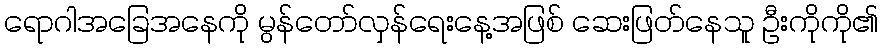
ရောဂါအခြေအနေကို မွန်တော်လှန်ရေးနေ့အဖြစ် ဆေးဖြတ်နေသူ ဦးကိုကို၏